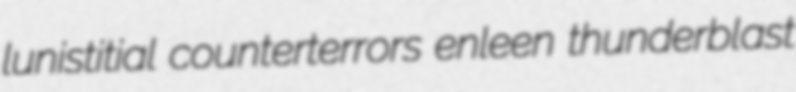
lunistitial counterterrors enleen thunderblast